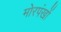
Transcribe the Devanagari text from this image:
मोरपंखों